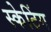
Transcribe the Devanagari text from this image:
स्‍केटिंग